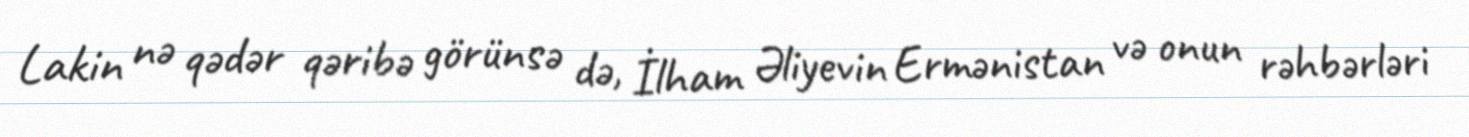
Lakin nə qədər qəribə görünsə də, İlham Əliyevin Ermənistan və onun rəhbərləri